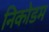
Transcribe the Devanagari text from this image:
निकोडम